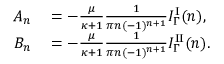
\begin{array} { r l } { A _ { n } } & { { } = - \frac { \mu } { \kappa + 1 } \frac { 1 } { \pi n ( - 1 ) ^ { n + 1 } } I _ { \Gamma } ^ { \mathrm { I } } ( n ) , } \\ { B _ { n } } & { { } = - \frac { \mu } { \kappa + 1 } \frac { 1 } { \pi n ( - 1 ) ^ { n + 1 } } I _ { \Gamma } ^ { \mathrm { I I } } ( n ) . } \end{array}